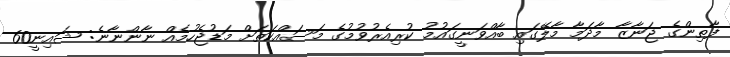
ފާތިންގެ ޖަނާޒާ މާދަމާ މާލޭގައި ބާއްވަނީގައުމު ކުރިއެރުވުމުގެ މަސައްކަތަށް މަޑުޖެހުމެއް ނާންނާނެ: ޝައިނީ60